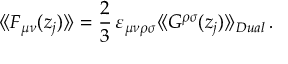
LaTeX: \langle \! \langle F _ { \mu \nu } ( z _ { j } ) \rangle \! \rangle = { \frac { 2 } { 3 } } \, \varepsilon _ { \mu \nu \rho \sigma } \langle \! \langle G ^ { \rho \sigma } ( z _ { j } ) \rangle \! \rangle _ { D u a l } \, .